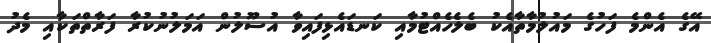
އޭގެ އެންމެ ފަހުގެ މައުލުމާތާއެކު ބެލެހެއްޓުމާއި ކަނޑައެޅިފައިވާ އުސޫލުން އަމަލުނުކުރާ ފަރާތްތަކާއި މެދު